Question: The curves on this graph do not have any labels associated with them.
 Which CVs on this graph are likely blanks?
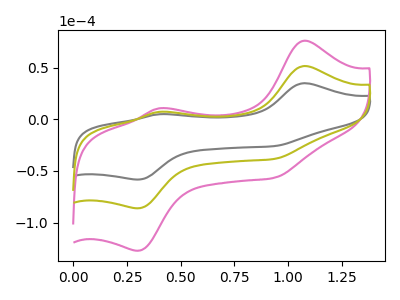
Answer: <think>The gray curve "gray" has anodic peaks at (1.05V, 34.85uA) (0.40V, 4.80uA) and cathodic peaks at (0.30V, -58.35uA) (0.95V, -26.00uA). The pink curve "pink" has anodic peaks at (1.05V, 102.85uA) (0.40V, 14.15uA) and cathodic peaks at (0.30V, -172.30uA) (0.95V, -76.70uA). The olive curve "olive" has anodic peaks at (1.05V, 51.45uA) (0.40V, 7.05uA) and cathodic peaks at (0.30V, -86.15uA) (0.95V, -38.35uA).</think>
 <answer>There are not any CV's on this graph that are likely to be blanks.</answer>
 <eval>none</eval>